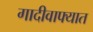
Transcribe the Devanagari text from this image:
गादीवाफ्यात